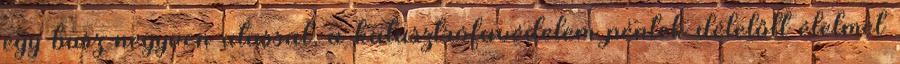
egy busz negyven utassal, a katasztrófavédelem péntek délelőtt élelmet